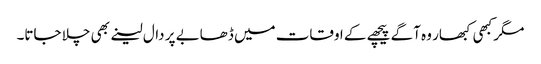
مگر کبھی کبھار وہ آگے پیچھے کے اوقات میں ڈھابے پر دال لینے بھی چلا جاتا۔